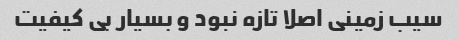
سیب زمینی اصلا تازه نبود و بسیار بی کیفیت